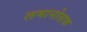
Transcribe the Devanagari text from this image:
लमानोसफ